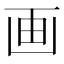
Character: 画